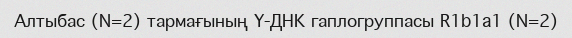
Алтыбас (N=2) тармағының Y-ДНК гаплогруппасы R1b1a1 (N=2)